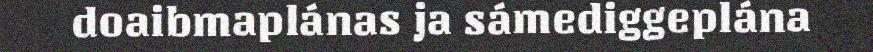
doaibmaplánas ja sámediggeplána